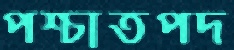
পশ্চাতপদ